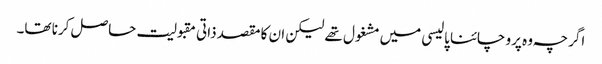
اگرچہ وہ پرو چائنا پالیسی میں مشغول تھے لیکن ان کا مقصد ذاتی مقبولیت حاصل کرنا تھا۔